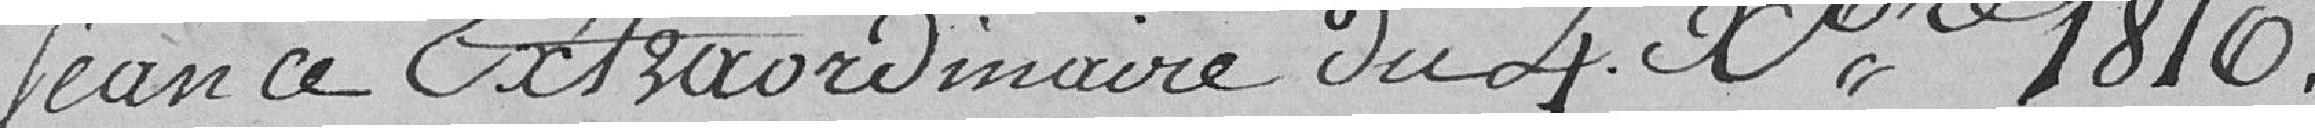
Séance extraordinaire du 4décembre 1810